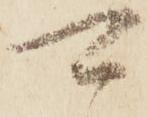
可